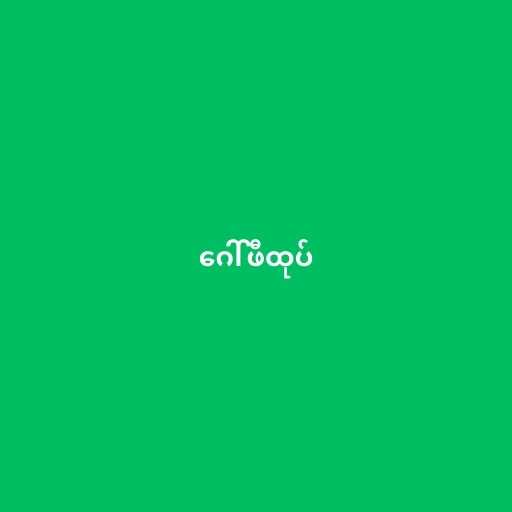
ဂေါ်ဖီထုပ်